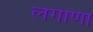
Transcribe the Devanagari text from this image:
लगाणा